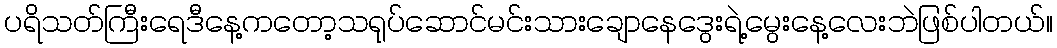
ပရိသတ်ကြီးရေဒီနေ့ကတော့သရုပ်ဆောင်မင်းသားချောနေဒွေးရဲ့မွေးနေ့လေးဘဲဖြစ်ပါတယ်။